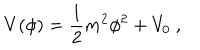
LaTeX: V ( \phi ) = { \frac { 1 } { 2 } } m ^ { 2 } \phi ^ { 2 } + V _ { 0 } \ ,